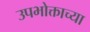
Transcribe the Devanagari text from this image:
उपभोक्ताच्या